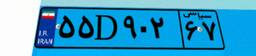
۵۵D۹۰۲۶۷